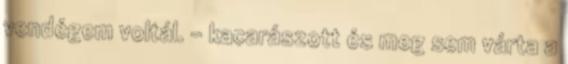
vendégem voltál. - kacarászott és meg sem várta a